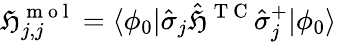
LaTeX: \mathfrak{H}_{j,j}^{\mathrm{{~m~o~l~}}}=\langle\phi_{0}|\hat{{\sigma}}_{j}\hat{{\mathfrak{H}}}^{\mathrm{{~T~C~}}}\hat{{\sigma}}_{j}^{+}|\phi_{0}\rangle